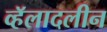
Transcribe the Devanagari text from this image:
व्हॅलादलीन